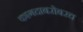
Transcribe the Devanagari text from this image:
कागदाबरोबरच